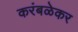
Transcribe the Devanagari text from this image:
करंबळेकर